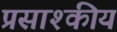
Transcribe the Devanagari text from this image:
प्रसाश्कीय